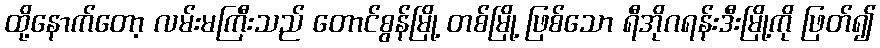
ထို့နောက်တော့ လမ်းမကြီးသည် တောင်စွန်မြို့ တစ်မြို့ ဖြစ်သော ရီအိုဂရန်းဒီးမြို့ကို ဖြတ်၍